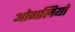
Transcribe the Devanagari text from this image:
ओगलियो